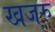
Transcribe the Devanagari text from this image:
खजरु